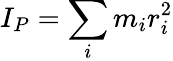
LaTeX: I_{P}=\sum_{i}m_{i}r_{i}^{2}